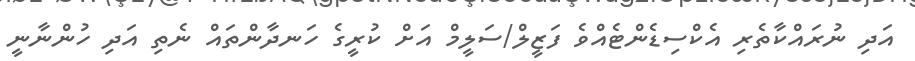
އަދި ނުރައްކާތެރި އެކްސިޑެންޓެއްވެ ފަޒީލް/ސަލީމް އަށް ކުރީގެ ހަނދާންތައް ނެތި އަދި ހުންނާނީ